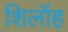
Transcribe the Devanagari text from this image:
शिलॉह